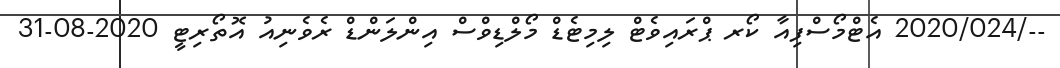
--/2020/024 އެޓްމޯސްފިއާ ކޯރ ޕްރައިވެޓް ލިމިޓެޑް މޯލްޑިވްސް އިންލަންޑް ރެވެނިއު އޮތޯރިޓީ 2020-08-31